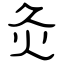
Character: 灸